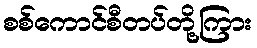
စစ်ကောင်စီတပ်တို့ကြား